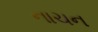
નાચન